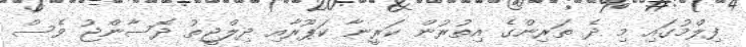
ފިލްމުގައި މި ދެ ތަރިންގެ އިތުރުން ކަރީނާ ކަޕޫރާއި ދިލްޖީތު ދޮސާންޖު ވެސް